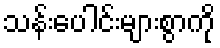
သန်းပေါင်းများစွာကို